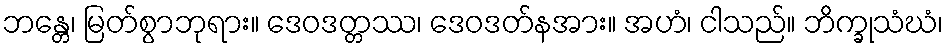
ဘန္တေ၊ မြတ်စွာဘုရား။ ဒေဝဒတ္တဿ၊ ဒေဝဒတ်နအား။ အဟံ၊ ငါသည်။ ဘိက္ခုသံဃံ၊